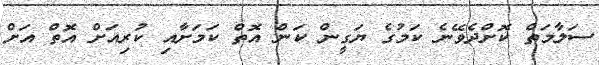
ސަލާމަތް ކޮށްދެވޭނެ ކަމުގެ ޔަގީން ކަން އޮތް ކަމަށާއި ކުރިއަށް އޮތް އަށް